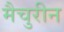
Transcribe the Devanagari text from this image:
मैचुरीन